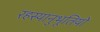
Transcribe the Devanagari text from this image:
रहस्यानुभूतियों